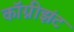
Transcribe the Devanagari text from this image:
कॉग्नीझंट